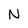
Character: N